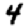
Digit: 4